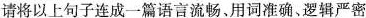
请将以上句子连成一篇语言流畅、用词准确、逻辑严密